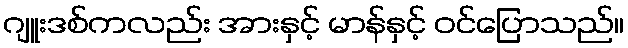
ဂျူးဒစ်ကလည်း အားနှင့် မာန်နှင့် ဝင်ပြောသည်။